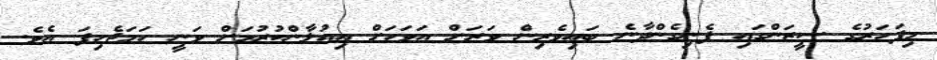
މިފަހަރުގެ ސީޒަންގައި ފެނިގެންދާނެ ބައިވެރިން ވަރަށް އަވަހަށް އިއުލާންކުރުމަށް ވަނީ ހަމަޖެހިފަ އެވެ.